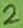
Text: 2